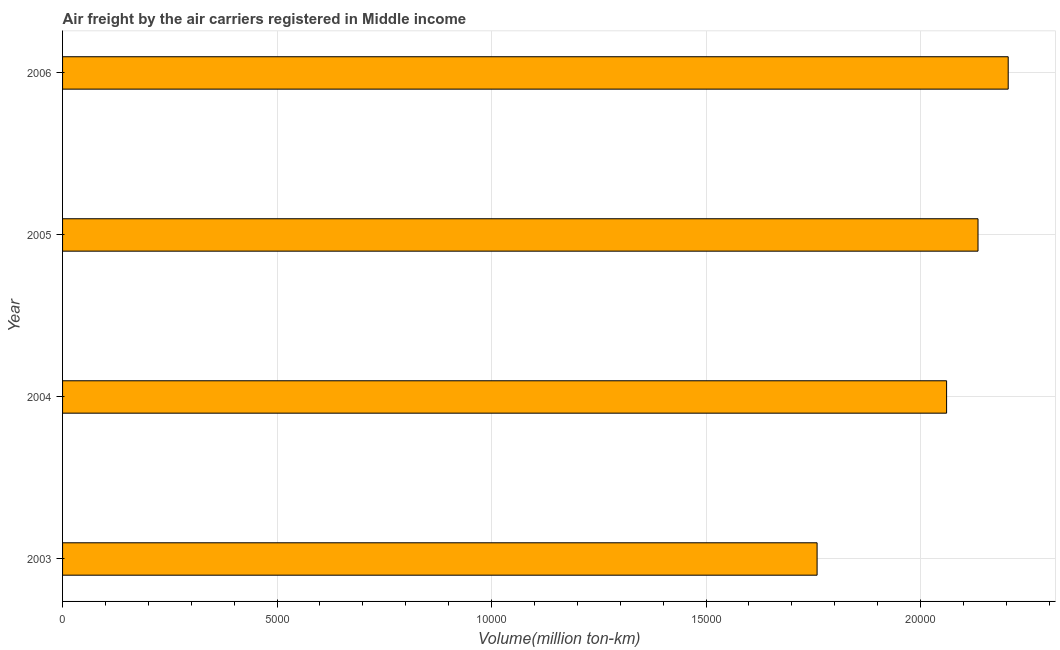
| Year | Air transport |
 | --- | --- |
 | 2003 | 1.76e+04 |
 | 2004 | 2.06e+04 |
 | 2005 | 2.13e+04 |
 | 2006 | 2.2e+04 |